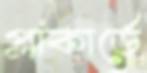
প্লাকার্ডে